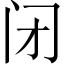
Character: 闭